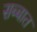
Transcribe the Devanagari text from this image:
सब्बात